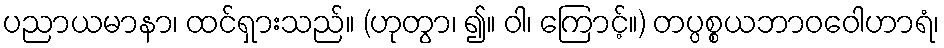
ပညာယမာနာ၊ ထင်ရှားသည်။ (ဟုတွာ၊ ၍။ ဝါ၊ ကြောင့်။) တပ္ပစ္စယဘာဝဝေါဟာရံ၊